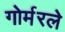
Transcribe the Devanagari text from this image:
गोर्मरले